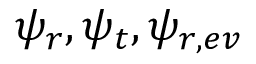
\psi _ { r } , \psi _ { t } , \psi _ { r , e v }